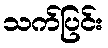
သက်ပြင်း